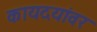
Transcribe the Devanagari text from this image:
कायदयांवर